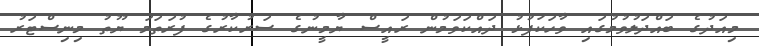
މިއަދުގެ ބައްދަލުވުމުގައި ވާހަކަފުޅު ދައްކަވަމުން ރައީސް ޔާމީނުގެ ސަރުކާރުގެ ފުރަތަމަ ޔޫތު މިނިސްޓަރު